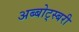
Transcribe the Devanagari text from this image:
अब्बोट्स्बरी